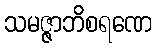
သမဇ္ဇာဘိစရဏေ